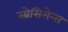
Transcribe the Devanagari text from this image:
स्प्रेसिमेन्स